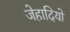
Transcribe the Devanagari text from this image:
जेहादियो